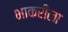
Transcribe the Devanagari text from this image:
भाकरीला